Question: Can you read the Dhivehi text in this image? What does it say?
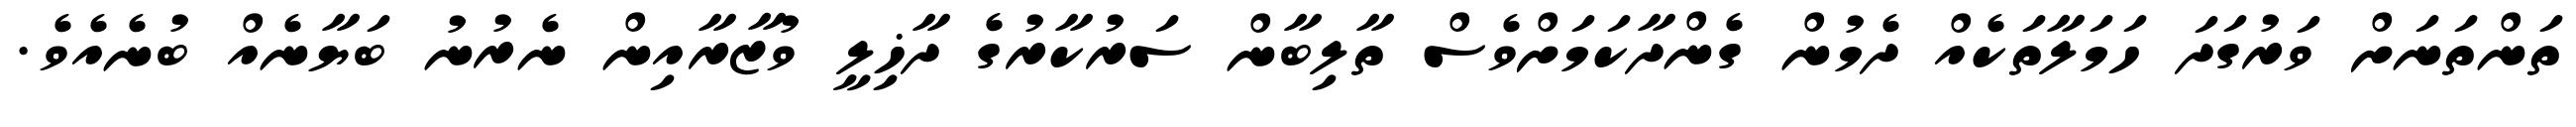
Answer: ތަންތަނަށް ވަރުގަދަ ހަމަލާތަކެއް ދެމުން ގެންދާކަމަށްވެސް ތާލިބާން ސަރުކާރުގެ ދާޚިލީ ވުޒާރާއިން ނެރުނު ބަޔާނެއް ބުނެއެވެ.